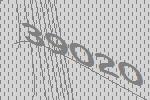
39020